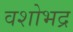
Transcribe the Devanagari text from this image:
वशोभद्र